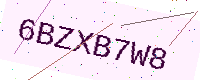
Text: 6BZXB7W8